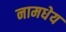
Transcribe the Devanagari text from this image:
नामधेय